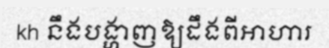
kh នឹងបង្ហាញឱ្យដឹងពីអាហារ